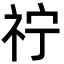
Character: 𮁫